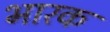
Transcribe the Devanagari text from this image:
भारक